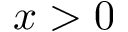
x > 0